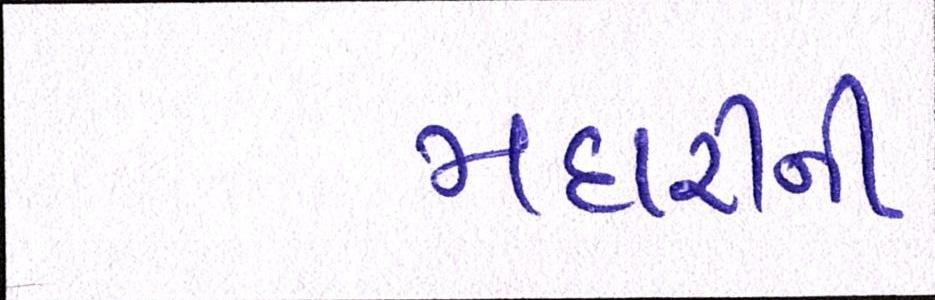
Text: મદારીની